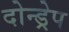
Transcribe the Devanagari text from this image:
दोन्ड्रेप